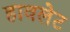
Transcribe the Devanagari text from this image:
हावलेट